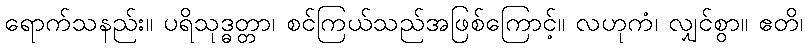
ရောက်သနည်း။ ပရိသုဒ္ဓတ္တာ၊ စင်ကြယ်သည်အဖြစ်ကြောင့်။ လဟုကံ၊ လျှင်စွာ။ ဧတိ၊